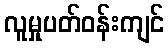
လူမှုပတ်ဝန်းကျင်